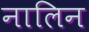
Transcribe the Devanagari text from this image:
नालिन